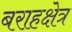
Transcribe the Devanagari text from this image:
बराहक्षेत्र